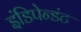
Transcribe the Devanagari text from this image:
इंडिपेन्डंट